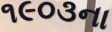
૧૯૦૩ના